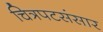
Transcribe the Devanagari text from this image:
चित्रपटसंसार